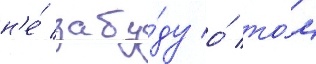
н'е́ забу́ду о́ то́м